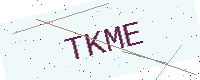
Text: TKME